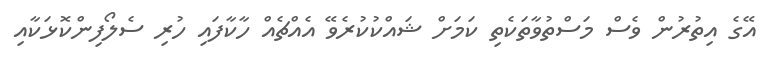
އޭގެ އިތުރުން ވެސް މަސްތުވާތަކެތި ކަމަށް ޝައްކުކުރެވޭ އެއްޗެއް ހާކާފައި ހުރި ސެލޯފިންކޮޅަކާއި